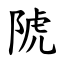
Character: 䖎